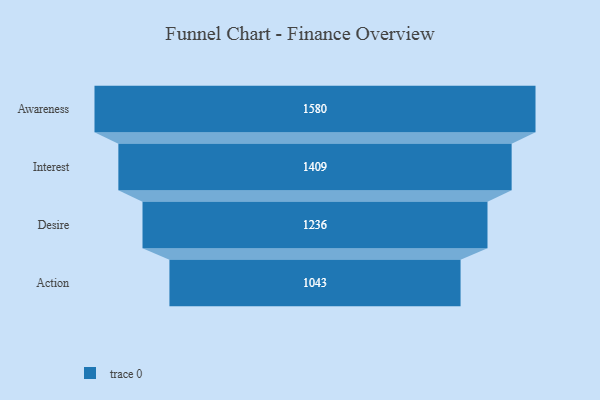
{"axis": {"x": "Stage", "y": "Value"}, "legend": [""], "data": [{"x": "Awareness", "y": 1580.0, "type": ""}, {"x": "Interest", "y": 1409.0, "type": ""}, {"x": "Desire", "y": 1236.0, "type": ""}, {"x": "Action", "y": 1043.0, "type": ""}]}